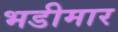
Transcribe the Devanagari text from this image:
भडीमार